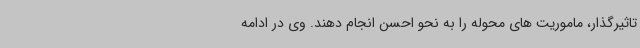
تاثیرگذار،‌ ماموریت های محوله را به نحو احسن انجام دهند. وی در ادامه